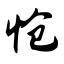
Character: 怆